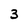
Character: 3